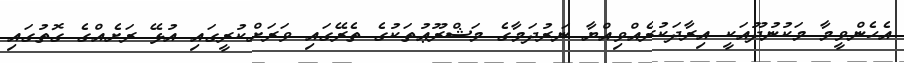
އެހެންވީމާ މަކުނުދޫއަކީ އިރާދަކުރެއްވިއްޔާ ނަރުދަމާގެ މަޝްރޫޢުތަކުގެ ތެރޭގައި ވަރަށްކުރީގައި އުޅޭ ރަށެއްގެ ގޮތުގައި